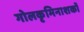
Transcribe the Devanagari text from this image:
गोलकृमिनाशकों